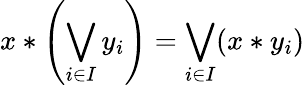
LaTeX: x*\left(\bigvee_{i\in I}{y_{i}}\right)=\bigvee_{i\in I}(x*y_{i})